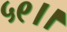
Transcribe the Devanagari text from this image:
५९।।